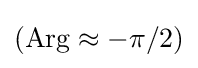
(\operatorname {Arg} \approx -\pi /2)